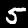
Digit: 5